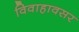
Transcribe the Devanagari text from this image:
विवाहावसर